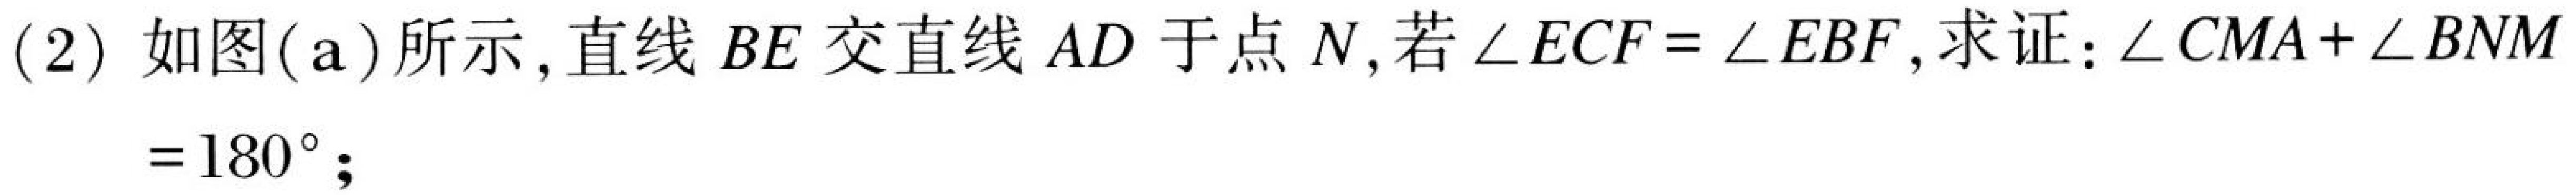
(2) 如图(a)所示,直线$BE$交直线$AD$于点$N$,若$\angle ECF=\angle EBF$,求证:$\angle CMA+\angle BNM=180^{\circ}$;